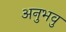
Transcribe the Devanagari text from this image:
अनुभवु